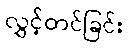
လွှင့်တင်ခြင်း